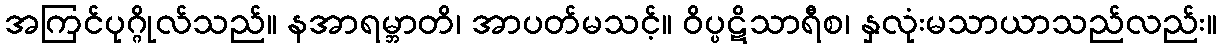
အကြင်ပုဂ္ဂိုလ်သည်။ နအာရမ္ဘာတိ၊ အာပတ်မသင့်။ ဝိပ္ပဋိသာရီစ၊ နှလုံးမသာယာသည်လည်း။